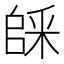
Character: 𠃆